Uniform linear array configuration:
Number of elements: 48
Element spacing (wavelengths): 0.25
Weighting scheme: binomial
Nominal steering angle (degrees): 30
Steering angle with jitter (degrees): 30.272
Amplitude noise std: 0.05
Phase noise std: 0.05

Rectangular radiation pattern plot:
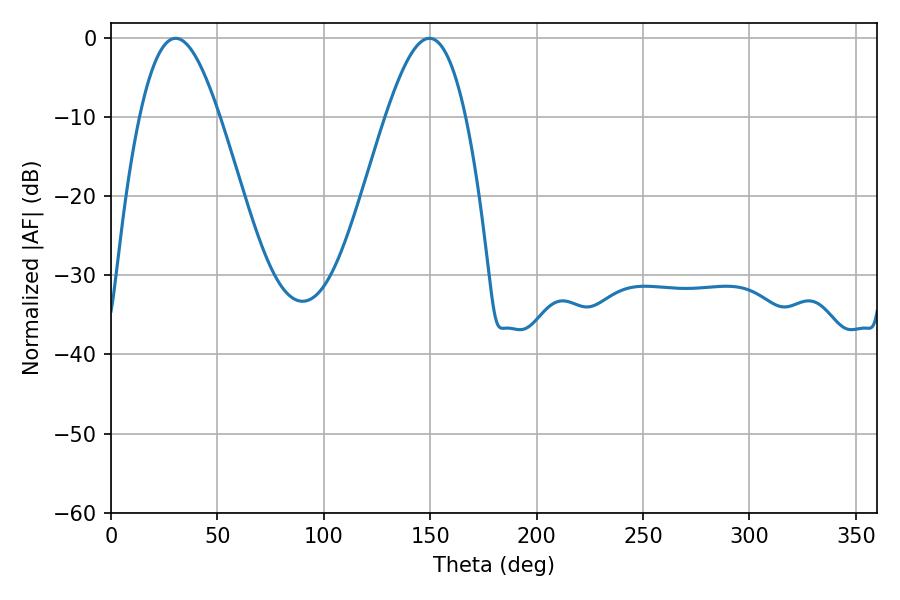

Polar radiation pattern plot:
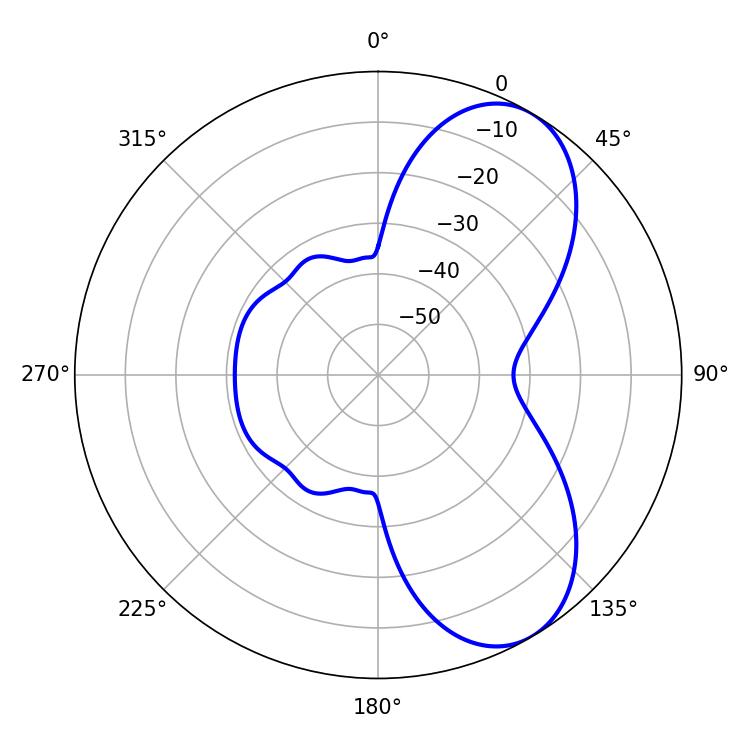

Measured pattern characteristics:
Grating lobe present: FALSE
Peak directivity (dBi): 7.01
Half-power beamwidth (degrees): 20.16
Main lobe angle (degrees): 30.42